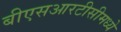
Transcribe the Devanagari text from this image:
बीएसआरटीसीमध्ये